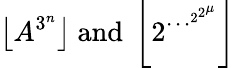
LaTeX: \left\lfloor A^{3^{n}}\right\rfloor{\mathrm{~and~}}\left\lfloor 2^{\cdots^{2^{2^{\mu}}}}\right\rfloor